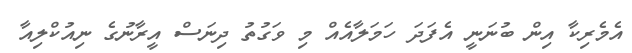
އެމެރިކާ އިން ބުނަނީ އެފަދަ ހަމަލާއެއް މި ވަގުތު ދިނަސް އީރާނުގެ ނިއުކްލިއާ